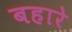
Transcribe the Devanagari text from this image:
बहारे